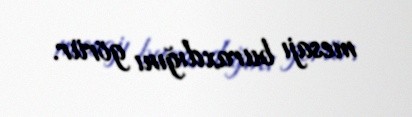
mesajı buraxdığını görür.